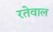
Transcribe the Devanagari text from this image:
रतेवाल